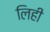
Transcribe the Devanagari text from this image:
लिही